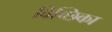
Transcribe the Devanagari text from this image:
विच्छिका